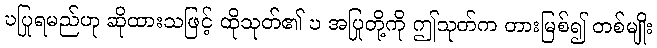
ဎပြုရမည်ဟု ဆိုထားသဖြင့် ထိုသုတ်၏ ဎ အပြုတို့ကို ဤသုတ်က တားမြစ်၍ တစ်မျိုး